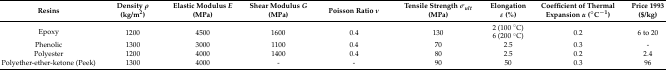
<table><thead><tr><td><b>Resins</b></td><td><b>Density <i>ρ</i> (kg/m<sup>2</sup>)</b></td><td><b>Elastic Modulus <i>E</i> (MPa)</b></td><td><b>Shear Modulus <i>G</i> (MPa)</b></td><td><b>Poisson Ratio <i>ν</i></b></td><td><b>Tensile Strength <i>σ<sub>ult</sub></i> (MPa)</b></td><td><b>Elongation <i>ε</i> (%)</b></td><td><b>Coefficient of Thermal Expansion <i>α</i> (°C<sup>−1</sup>)</b></td><td><b>Price 1993 ($/kg)</b></td></tr></thead><tbody><tr><td rowspan="2">Epoxy</td><td rowspan="2">1200</td><td rowspan="2">4500</td><td rowspan="2">1600</td><td rowspan="2">0.4</td><td rowspan="2">130</td><td>2 (100 °C)</td><td rowspan="2">0.2</td><td rowspan="2">6 to 20</td></tr><tr><td>6 (200 °C)</td></tr><tr><td>Phenolic</td><td>1300</td><td>3000</td><td>1100</td><td>0.4</td><td>70</td><td>2.5</td><td>0.3</td><td>-</td></tr><tr><td>Polyester</td><td>1200</td><td>4000</td><td>1400</td><td>0.4</td><td>80</td><td>2.5</td><td>0.2</td><td>2.4</td></tr><tr><td>Polyether-ether-ketone (Peek)</td><td>1300</td><td>4000</td><td>-</td><td>-</td><td>90</td><td>50</td><td>0.3</td><td>96</td></tr></tbody></table>